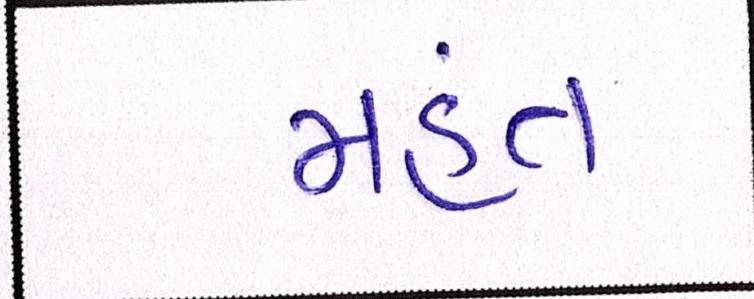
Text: મહંત